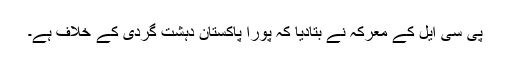
پی سی ایل کے معرکہ نے بتادیا کہ پورا پاکستان دہشت گردی کے خلاف ہے۔